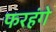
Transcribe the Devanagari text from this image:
फरहंगे